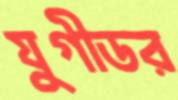
যুগীডর